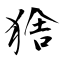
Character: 猞